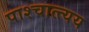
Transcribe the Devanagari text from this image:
पाश्चात्त्यय